Vabadussoja_Ajaloo_Komitee, lk 15
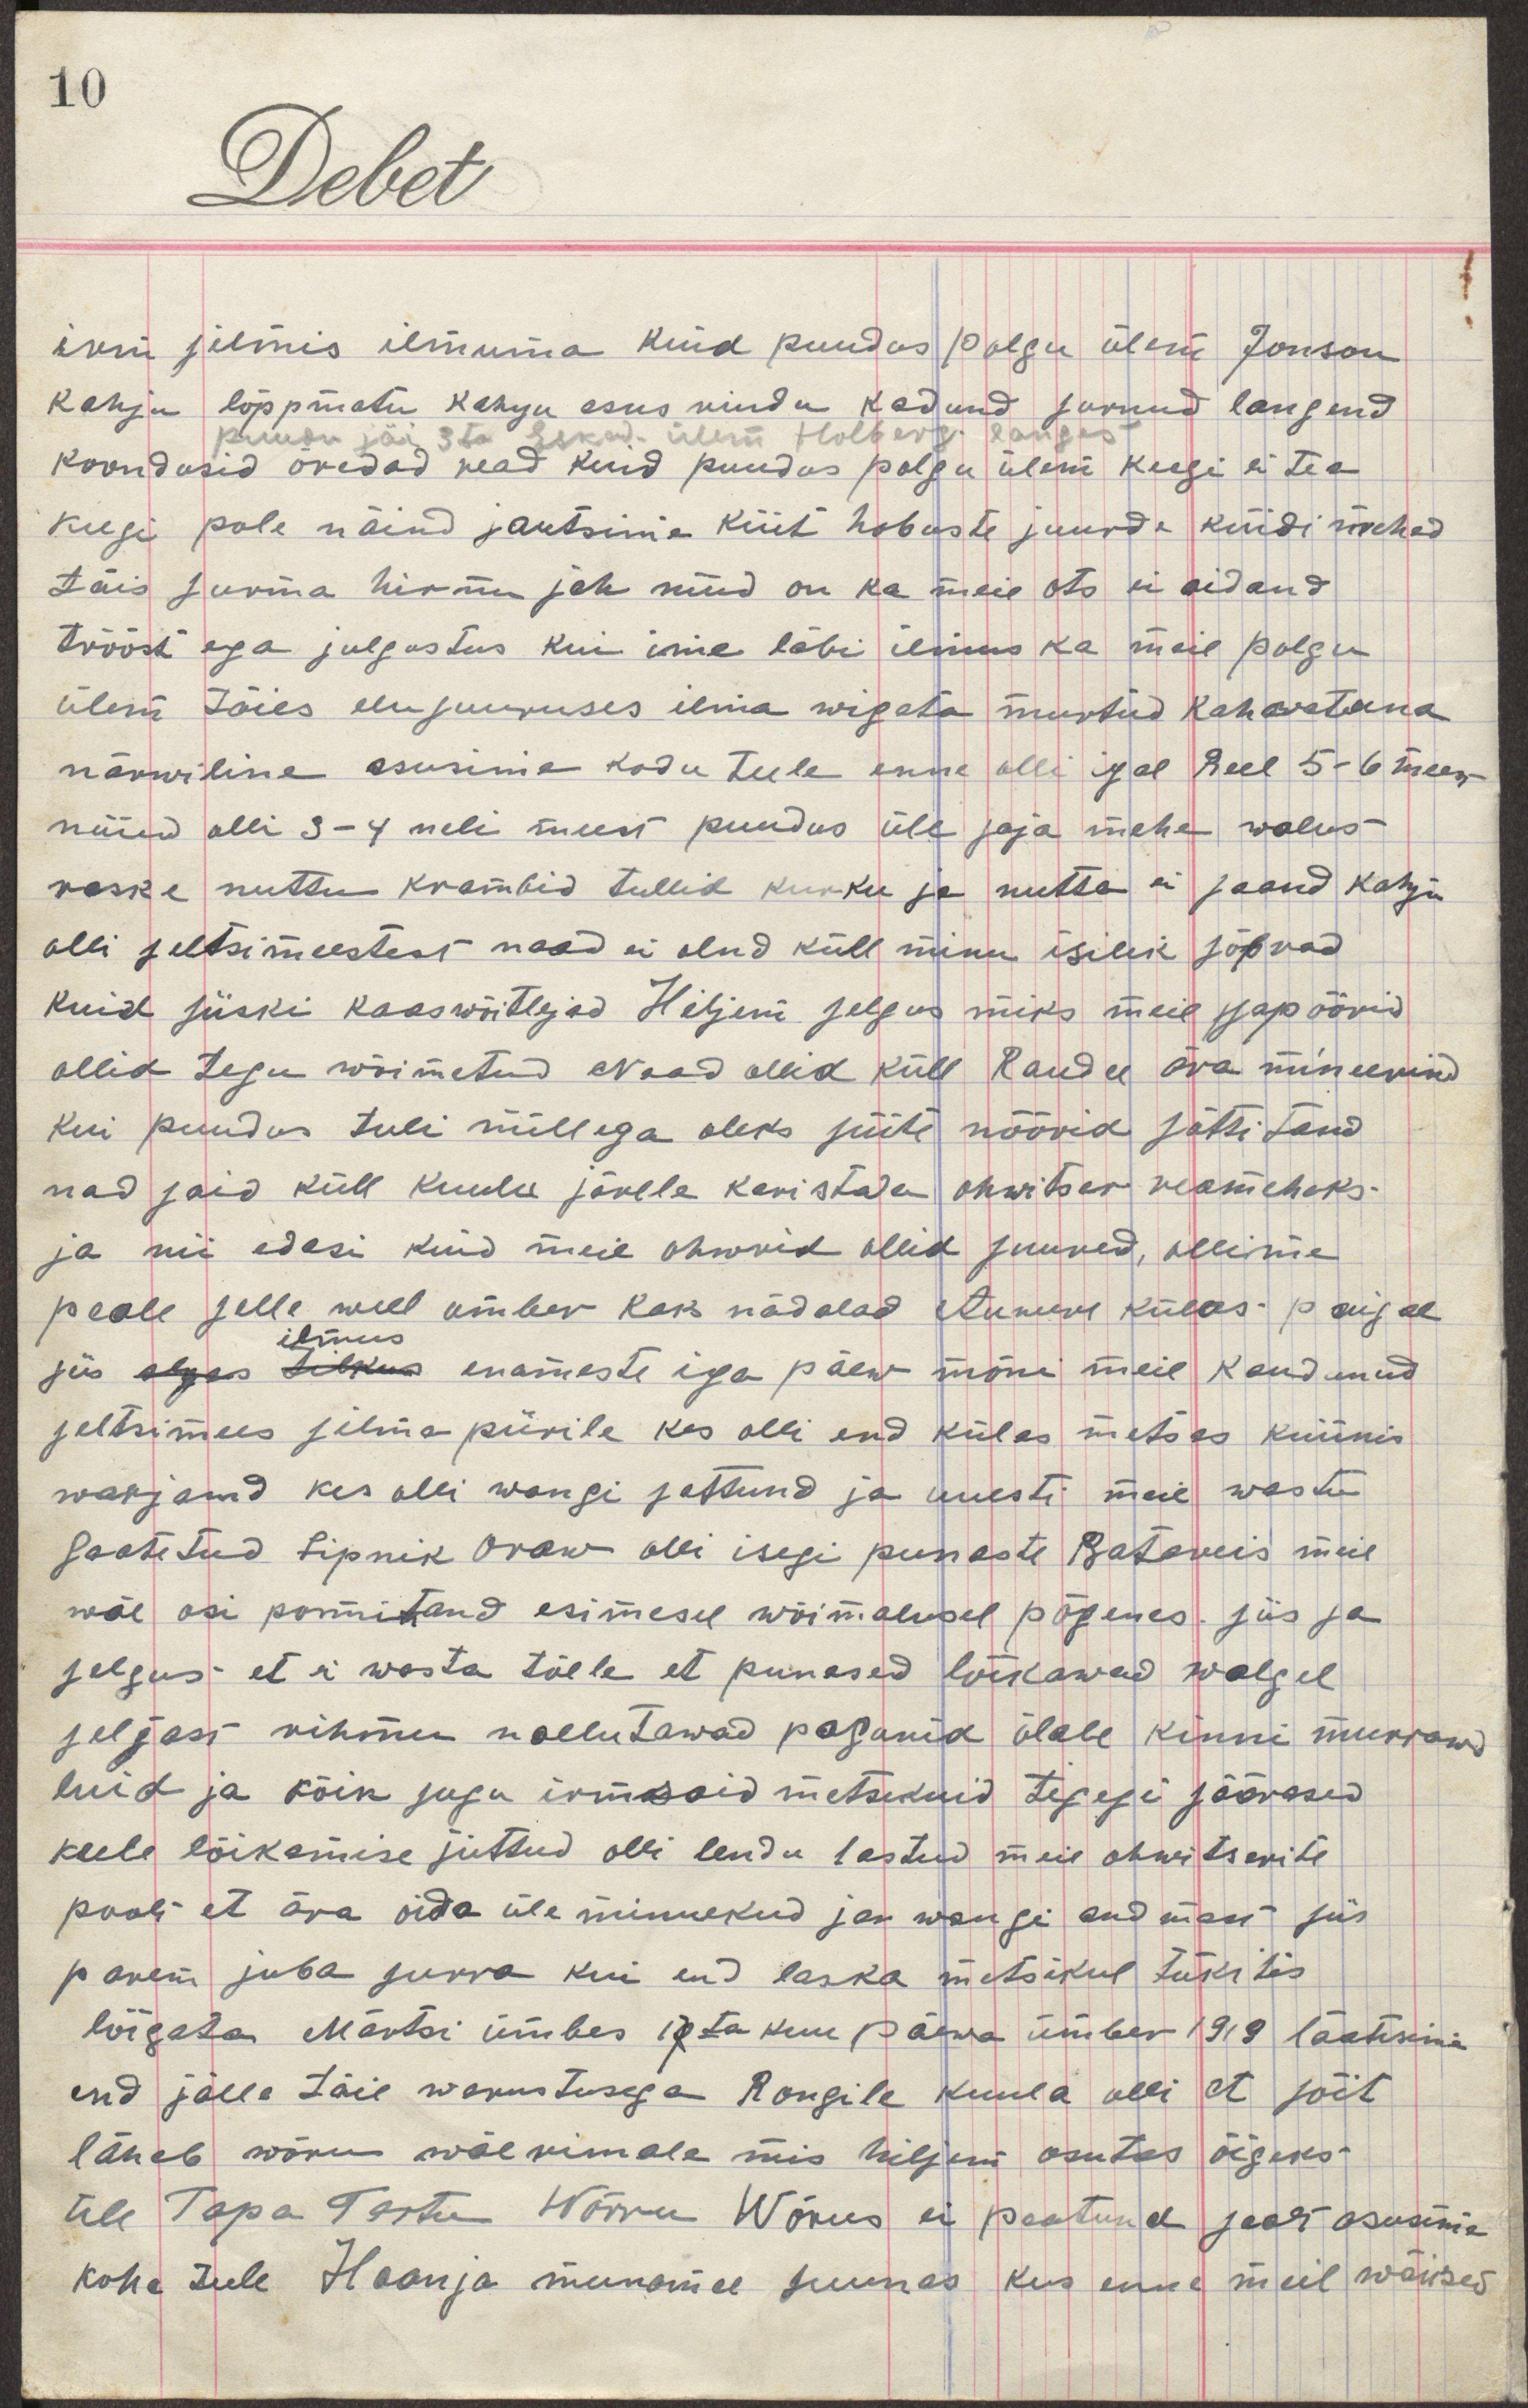
irm silmis ilmuma kuid puudus polgu ülem Jonson
kahju lõppmatu kahju asus rindu kadund surnud langend
puudu jäi 3ta Eskad. ülem Holberg langes
koondusid õredad read kuid puudus polgu ülem keegi ei tea   
keegi pole näind jõutsime küüti hobuste juurde küüdi mehed  
täis surma hirmu jah nüüd on ka meie ots ei aidand  
trööst ega julgestus kui ime läbi ilmus ka meie polgu 
ülem täies elusuuruses ilma wigata murtud kahwatuna  
närwiline asusime kodu teele enne olli igal Reel 5-6 meest   
nüüd olli 3-4 neli meest puudus üle saja mehe walus   
raske nuttu krambid tullid kurku ja nutta ei saand kahju  
olli seltsimeestest naad ei olnd küll minu isilik sõprad 
kuid siiski kaaswõitlejad Hiljem selgus miks meie sapöörid 
ollid tegu wõimetud Naad ollid küll Raudee ära mineerind
kui puudus tuli millega oleks süüte nöörid süttitand  
nad said küll kuulu järele karistada ohwitser reameheks  
ja nii edasi kuid meie ohwrid ollid suured, ollime
peale weel umbes kaks nädalad Auwere külas paigal
siis algas tilkus enamaste iga päew mõni meie kaudunud
seltsimees silmapiirile kes olli end külas metsas küünis  
warjand kes olli wangi sattund ja uuesti meie wastu  
saatetud lipnik Oraw olli isegi punaste Batareis meie  
wäe osi pommitand esimesel wõimalusel põgenes siis se
selgus et ei wasta tõele et punased lõikawad walgel
seljast rihmu naelutawad pagunid ühele kinni murrawad 
luid ja kõik sugu irmsaid metsikuid tegusi sääresed 
keele lõikamise juttud olli lendu lastud meie ohwitserite
poolt et oida üle minnekud ja wangi andmast siis
parem juba surra kui end laska metsikul tükites 
lõigata Märtsi umbes 17ta kuu päewa umbes 1919 lasksima
end jälle täis warustusega Rongile kuula olli et sõit
läheb wõru wäerinnele mis hiljem osutus õigeks  
tele Tapa Tartu Wõrru Wõrus ei peatund sealt asusime   
kohe teele Haanja munamäe suunas kus enne meil wäiksed